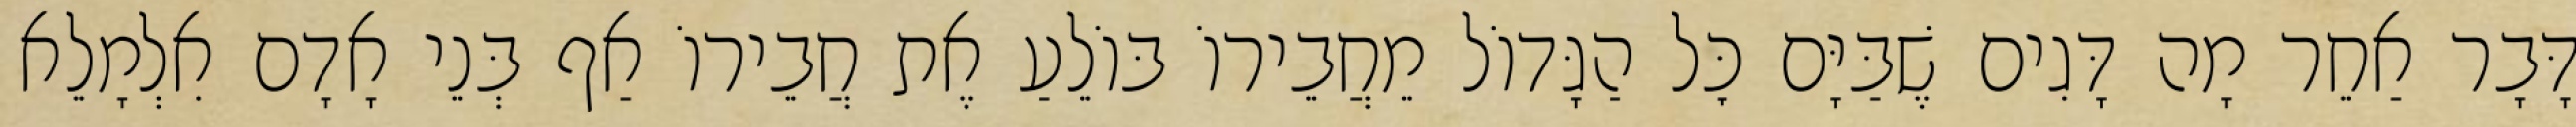
דָּבָר אַחֵר מָה דָּגִים שֶׁבַּיָּם כׇּל הַגָּדוֹל מֵחֲבֵירוֹ בּוֹלֵעַ אֶת חֲבֵירוֹ אַף בְּנֵי אָדָם אִלְמָלֵא